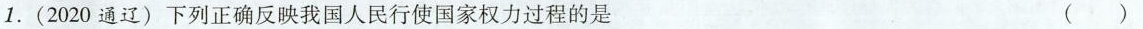
1.(2020通辽)下列正确反映我国人民行使国家权力过程的是 ( )